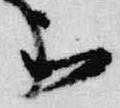
被